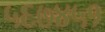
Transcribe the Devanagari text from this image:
५६७४५१